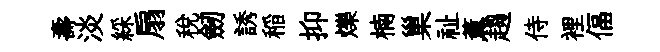
壽淡綵扇税劒誘稲抑爍楠巢祉薫趨侍裡偪